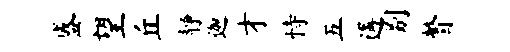
盛望丘静迦才恃五遘别瞥